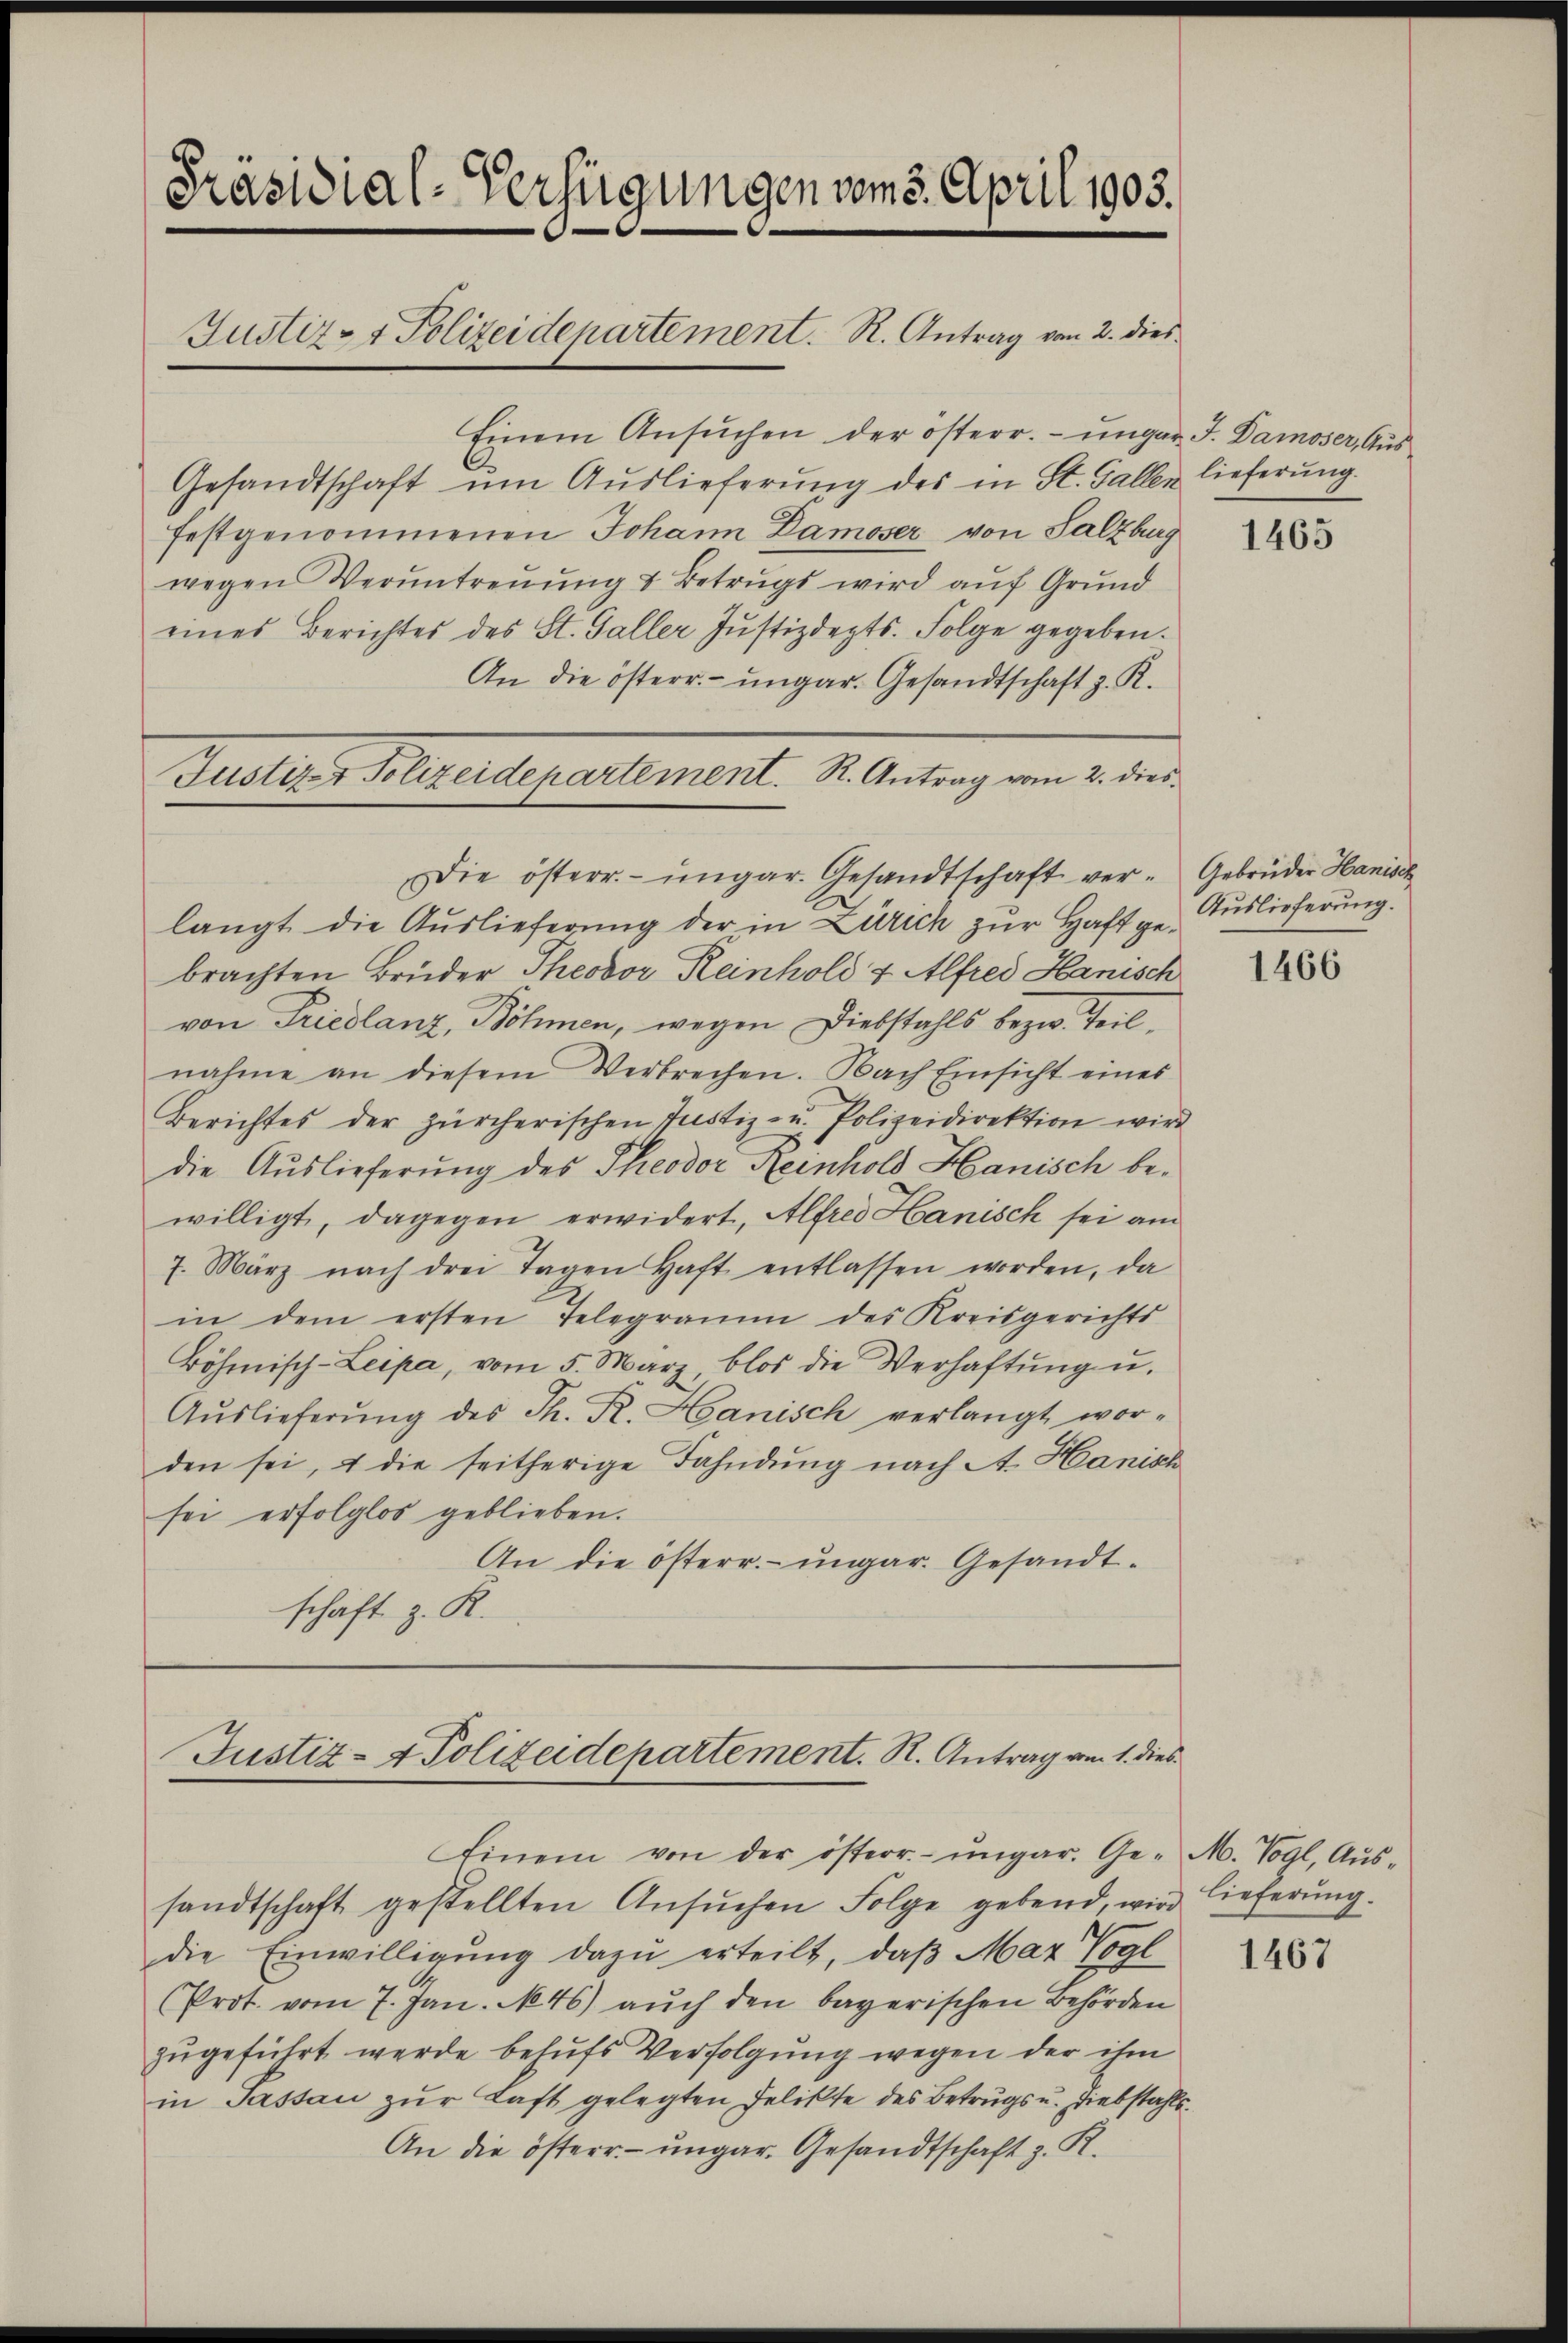
Präsidial-Verfügungen vom 5. April 1903.
Justiz- & Polizeidepartement. R. Antrag von 2. dies

Justiz & Polizeidepartement. R. Antrag vom 2. dies

Einem Ansŭchen der österr. ungar. J. Damoser, Aus
Gesandtschaft um Auslieferung des in St. Gallen lieferung.
festgenommenen Johann Damoser von Salzburg
wegen Veruntreŭŭng u Betrŭgs wird aŭf Grŭnd
eines Berichtes des St. Galler Justizdepts. Folge gegeben.
An die österr. ungar. Gesandtschaft z. R.
Die österr. ungar. Gesandtschaft ver- Gebrüder Hanisch
langt die Auslieferung der in Zürich zur Haft gebrachten Brüder Theodor Reinhold & Alfred Hanisch
von Friedlanz, Böhmen, wegen Diebstahls bezw. Teilnahme an diesem Verbrechen. Nach Einsicht eines
Berichtes der zürcherischen Justiz- u. Polizeidirektion wird
die Auslieferung des Theodor Reinhold Hanisch bewilligt, dagegen erwidert, Alfred Hanisch sei am
7. März nach drei Tagen haft entlassen worden, da
in dem ersten Telegramm des Kreisgerichts
Böhmisch-Leipa, vom 5. März, blos die Verhaftŭng u.
Aŭslieferŭng des Th. R. Hanisch verlangt wor-
den sei, & die seitherige Fahndung nach A. Hanisch
sei erfolglos geblieben.
An die österr. ungar. Gesandtschaft z. K.

Justiz- & Polizeidepartement. S. Antrag vom 1. dies

Einem von der österr.- ŭngar. Ge- M. Vogl, Aŭs-
sandtschaft gestellten Ansŭchen Folge gebend, wird lieferŭng.
die Einwilligŭng dazu erteilt, daβ Maz Vogl
Prot. vom 7. Jan. N.46) auch den bayerischen Behörden
zugeführt werde behufs Verfolgung wegen der ihm
in Passau zur Last gelegten Felikte des Betrugs u. Diebstahls¬
An die österr. - ungar. Gesandtschaft z. R.

1465

Auslieferung.

1466

1467